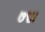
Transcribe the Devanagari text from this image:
७९।।